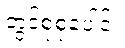
တွင်စုစုပေါင်း